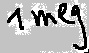
Text: 1meg